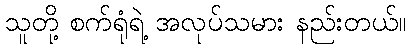
သူတို့ စက်ရုံရဲ့ အလုပ်သမား နည်းတယ်။